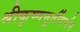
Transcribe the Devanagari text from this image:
श्रीकृष्णमूर्तीवर्णन